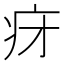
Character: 𬏛